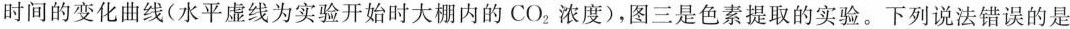
时间的变化曲线(水平虚线为实验开始时大棚内的CO_{2}浓度)，图三是色素提取的实验。下列说法错误的是